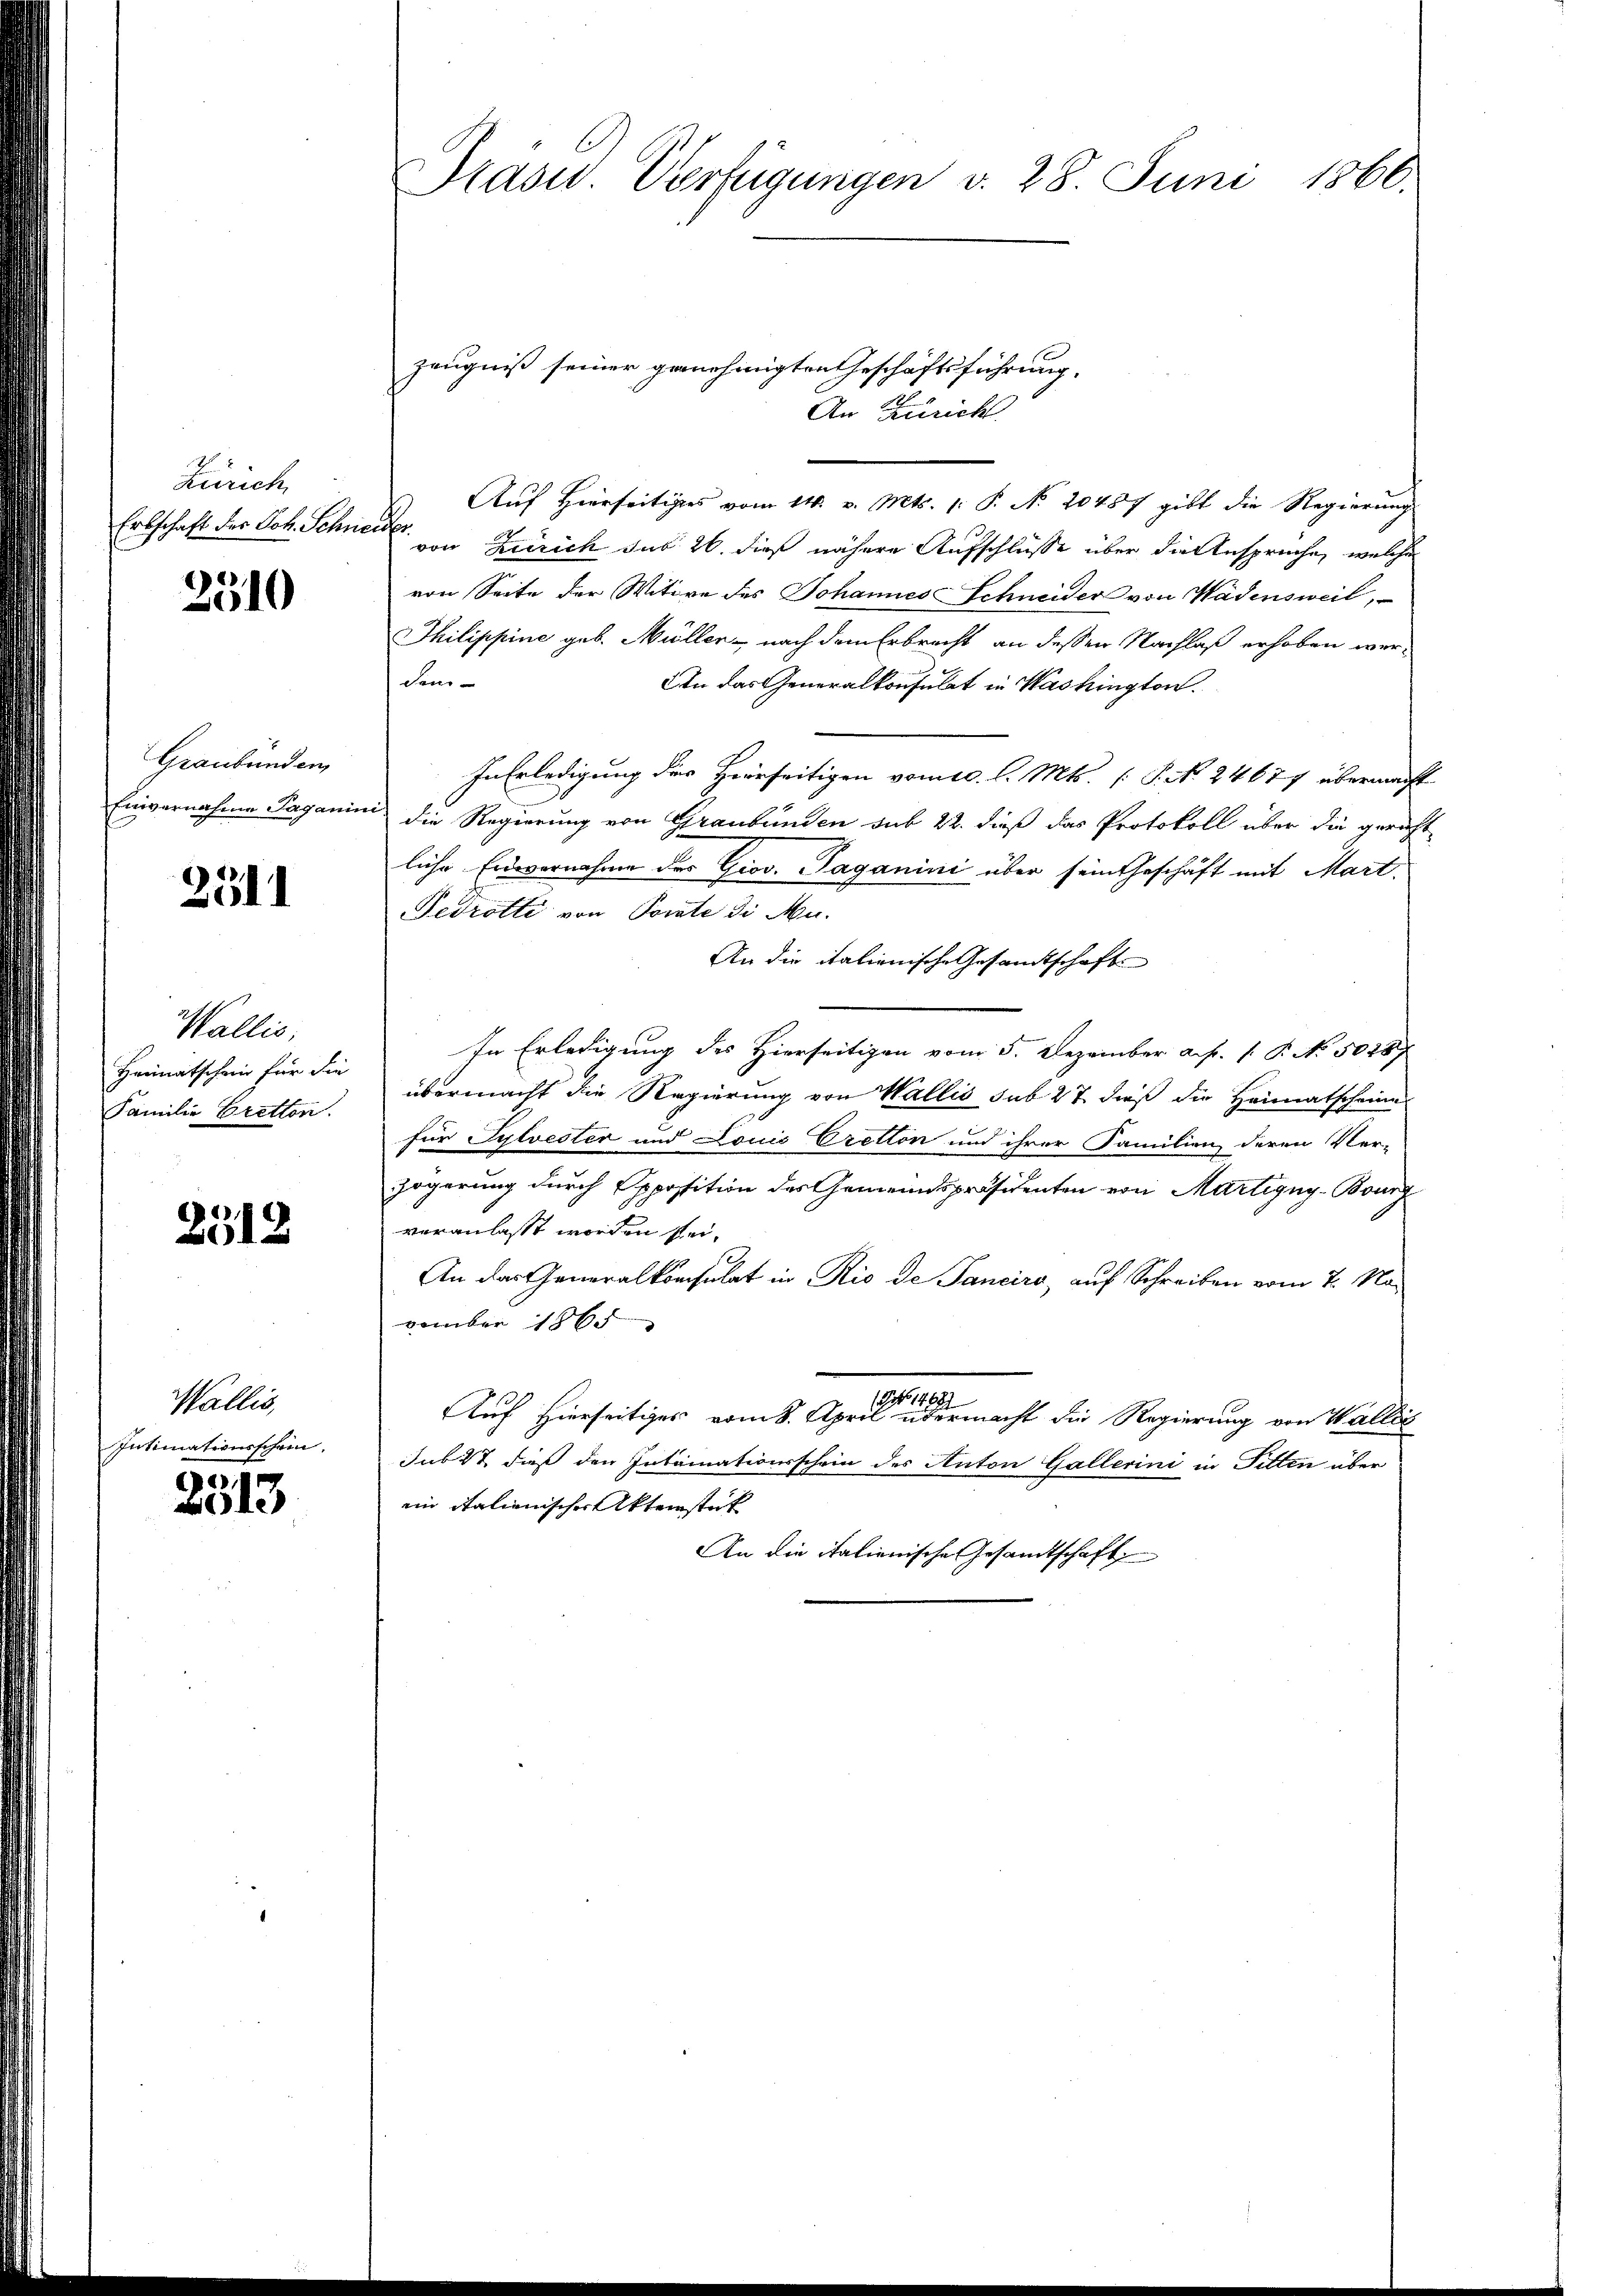
Zürich
Erbschaft des Vot. Schneider.

2510

Graubünden
Einvernahme Jagani

2511

Wallis,
Heimatschein für die
Familie Bretton.

2512

Wallis,
Intimationsschein.

2513

Präsid. Verfügungen v. 28. Juni 1866.

Zeugniß seiner genehmigten Geschäftsführung.
An Zürich
Auf Hierseitiges vom 14. v. Mts. 1. P. Nr. 20457 gibt die Regierung
von Zürich das 20. dieß nähere Aufschlüsse über die Ansprüche, welche
von Seite der Witwe des Johannes Schneider von Wädensweil,
Ihilippine geb. Müller - nach dem Erbrecht an dessen Nachlaß erhoben werden.
An das Generalkonsulat in Washington.
In Erledigung des Herrseitigen vom 10. l. Mts. ( P. No. 24677 übermacht
u die Regierung von Graubünden sub 22. dieß das Protokoll über die gericht
liche Endevernahme des Giov. Paganini über sein Geschäft mit Mart
Fedrotti von Porate di Mu-
An die italienische Gesandtschaft
In Erledigung des Hierseitigen vom 5. Dezember a. p. 1. P. No 5028
übermacht die Regierung von Wallis sub 27 dieß die Heimatscheine
für Sylvester und Louić Oretton und ihrer Familien deren Ver-
zögerung durch Apposition des Gemeindspräsidenten von Martigny-Bourg
veranlasst worden sei.
An das Generalkonsulat in Rio de Sanciro, auf Schreiben vom 7. Navember 1865
(1468)
Auf hierseitiges vom 8. April übermacht die Regierung von Wallis
Jub 27 dieß den Intrinationsschein des Anton Gallerini in Pitten über
in italienischer Aktenstück
An die italienische Gesandtschaft